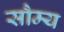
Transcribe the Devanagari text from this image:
सौम्‍य